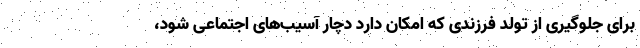
برای جلوگیری از تولد فرزندی که امکان دارد دچار آسیب‌های اجتماعی شود،